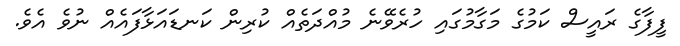
ފީފާގެ ރައީސް ކަމުގެ މަގާމުގައި ހުރެވޭނެ މުއްދަތެއް ކުރިން ކަނޑައަޅާފައެއް ނުވެ އެވެ.